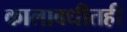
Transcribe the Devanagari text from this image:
कालावधीतही